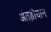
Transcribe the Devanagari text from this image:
अंतड़ीयान